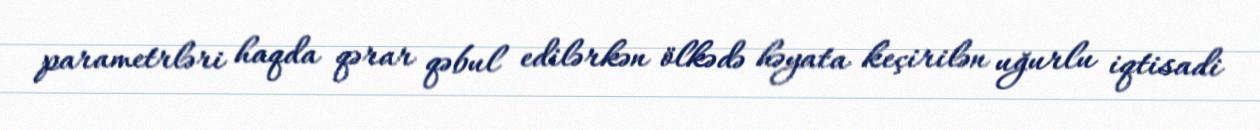
parametrləri haqda qərar qəbul edilərkən ölkədə həyata keçirilən uğurlu iqtisadi